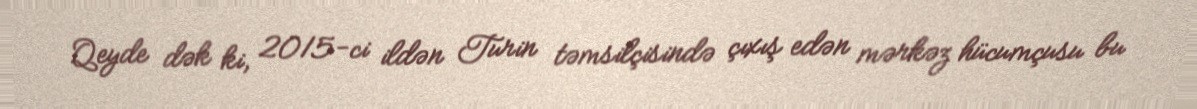
Qeyde dək ki, 2015-ci ildən Turin təmsilçisində çıxış edən mərkəz hücumçusu bu